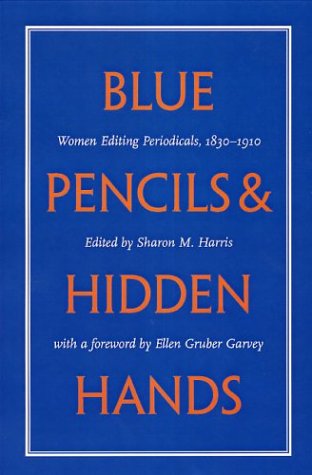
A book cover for Blue Pencils and Hidden Hands: Women Editing Periodicals, 1830-1910; Politics & Social Sciences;